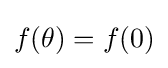
f(\theta )=f(0)